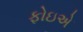
ફોઇએ